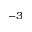
^ { - 3 }